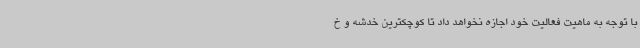
با توجه به ماهیت فعالیت خود اجازه نخواهد داد تا کوچکترین خدشه و خ